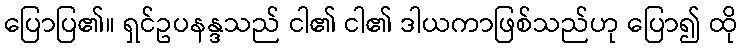
ပြောပြ၏။ ရှင်ဥပနန္ဒသည် ငါ၏ ငါ၏ ဒါယကာဖြစ်သည်ဟု ပြော၍ ထို